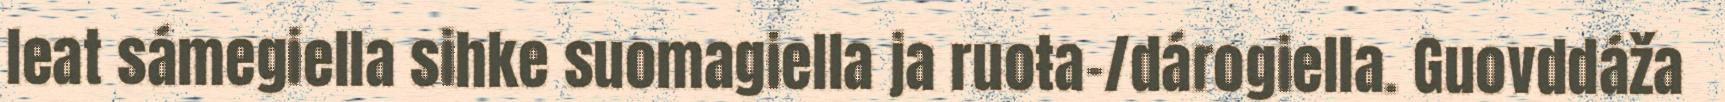
leat sámegiella sihke suomagiella ja ruoŧa-/dárogiella. Guovddáža